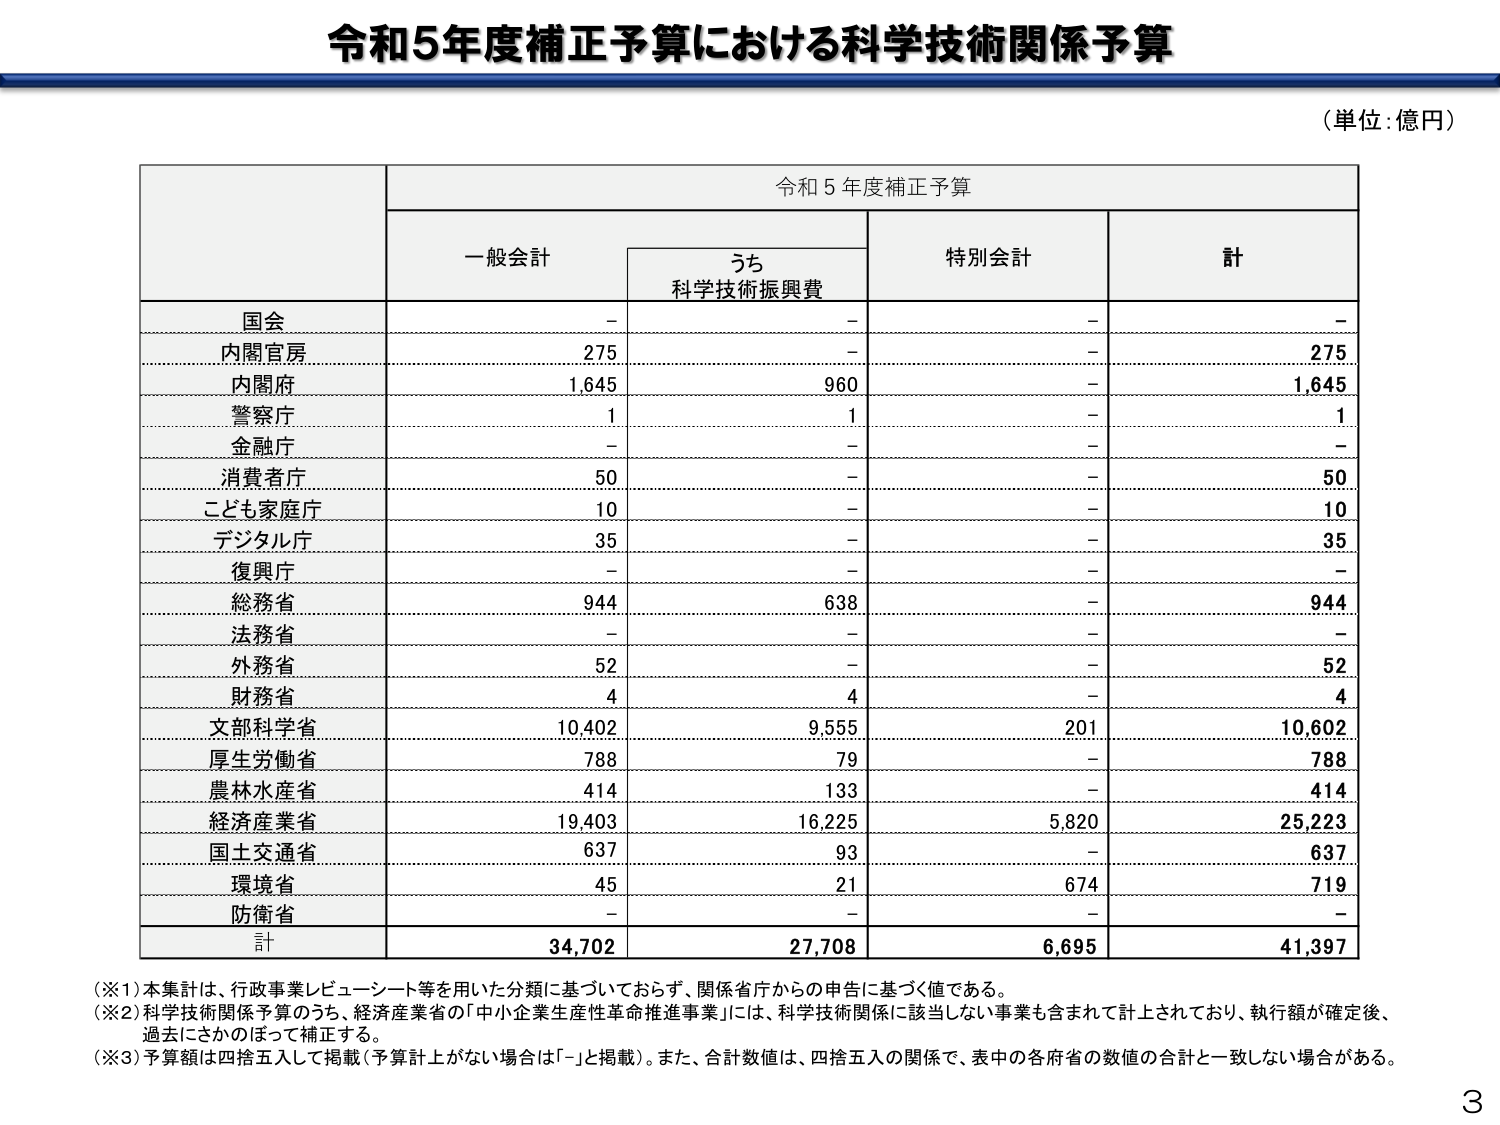
令和5年度補正予算における科学技術関係予算

（単位：億円）

令和5年度補正予算

一般会計
うち
科学技術振興費
特別会計
計

国会
-
-
-
-

内閣官房
275
-
-
275

内閣府
1,645
960
-
1,645

警察庁
1
1
-
1

金融庁
-
-
-
-

消費者庁
50
-
-
50

こども家庭庁
10
-
-
10

デジタル庁
35
-
-
35

復興庁
-
-
-
-

総務省
944
638
-
944

法務省
-
-
-
-

外務省
52
-
-
52

財務省
4
4
-
4

文部科学省
10,402
9,555
201
10,602

厚生労働省
788
79
-
788

農林水産省
414
133
-
414

経済産業省
19,403
16,225
5,820
25,223

国土交通省
637
93
-
637

環境省
45
21
674
719

防衛省
-
-
-
-

計
34,702
27,708
6,695
41,397

（※1）集計は、行政事業レビュー・シート等を用いた分類に基づいておらず、関係省庁からの申告に基づく値である。
（※2）科学技術関係予算のうち、経済産業省の「中小企業生産性革命推進事業」には、科学技術関係に該当しない事業も含まれて計上されており、執行額が確定後、過去にさかのぼって補正する。
（※3）予算額は四捨五入して掲載（予算計上がない場合は「-」と掲載）。また、合計数値は、四捨五入の関係で、表中の各府省の数値の合計と一致しない場合がある。

3